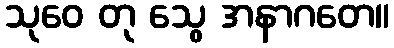
သုဝေ တု သွေ အနာဂတေ။